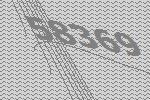
58369